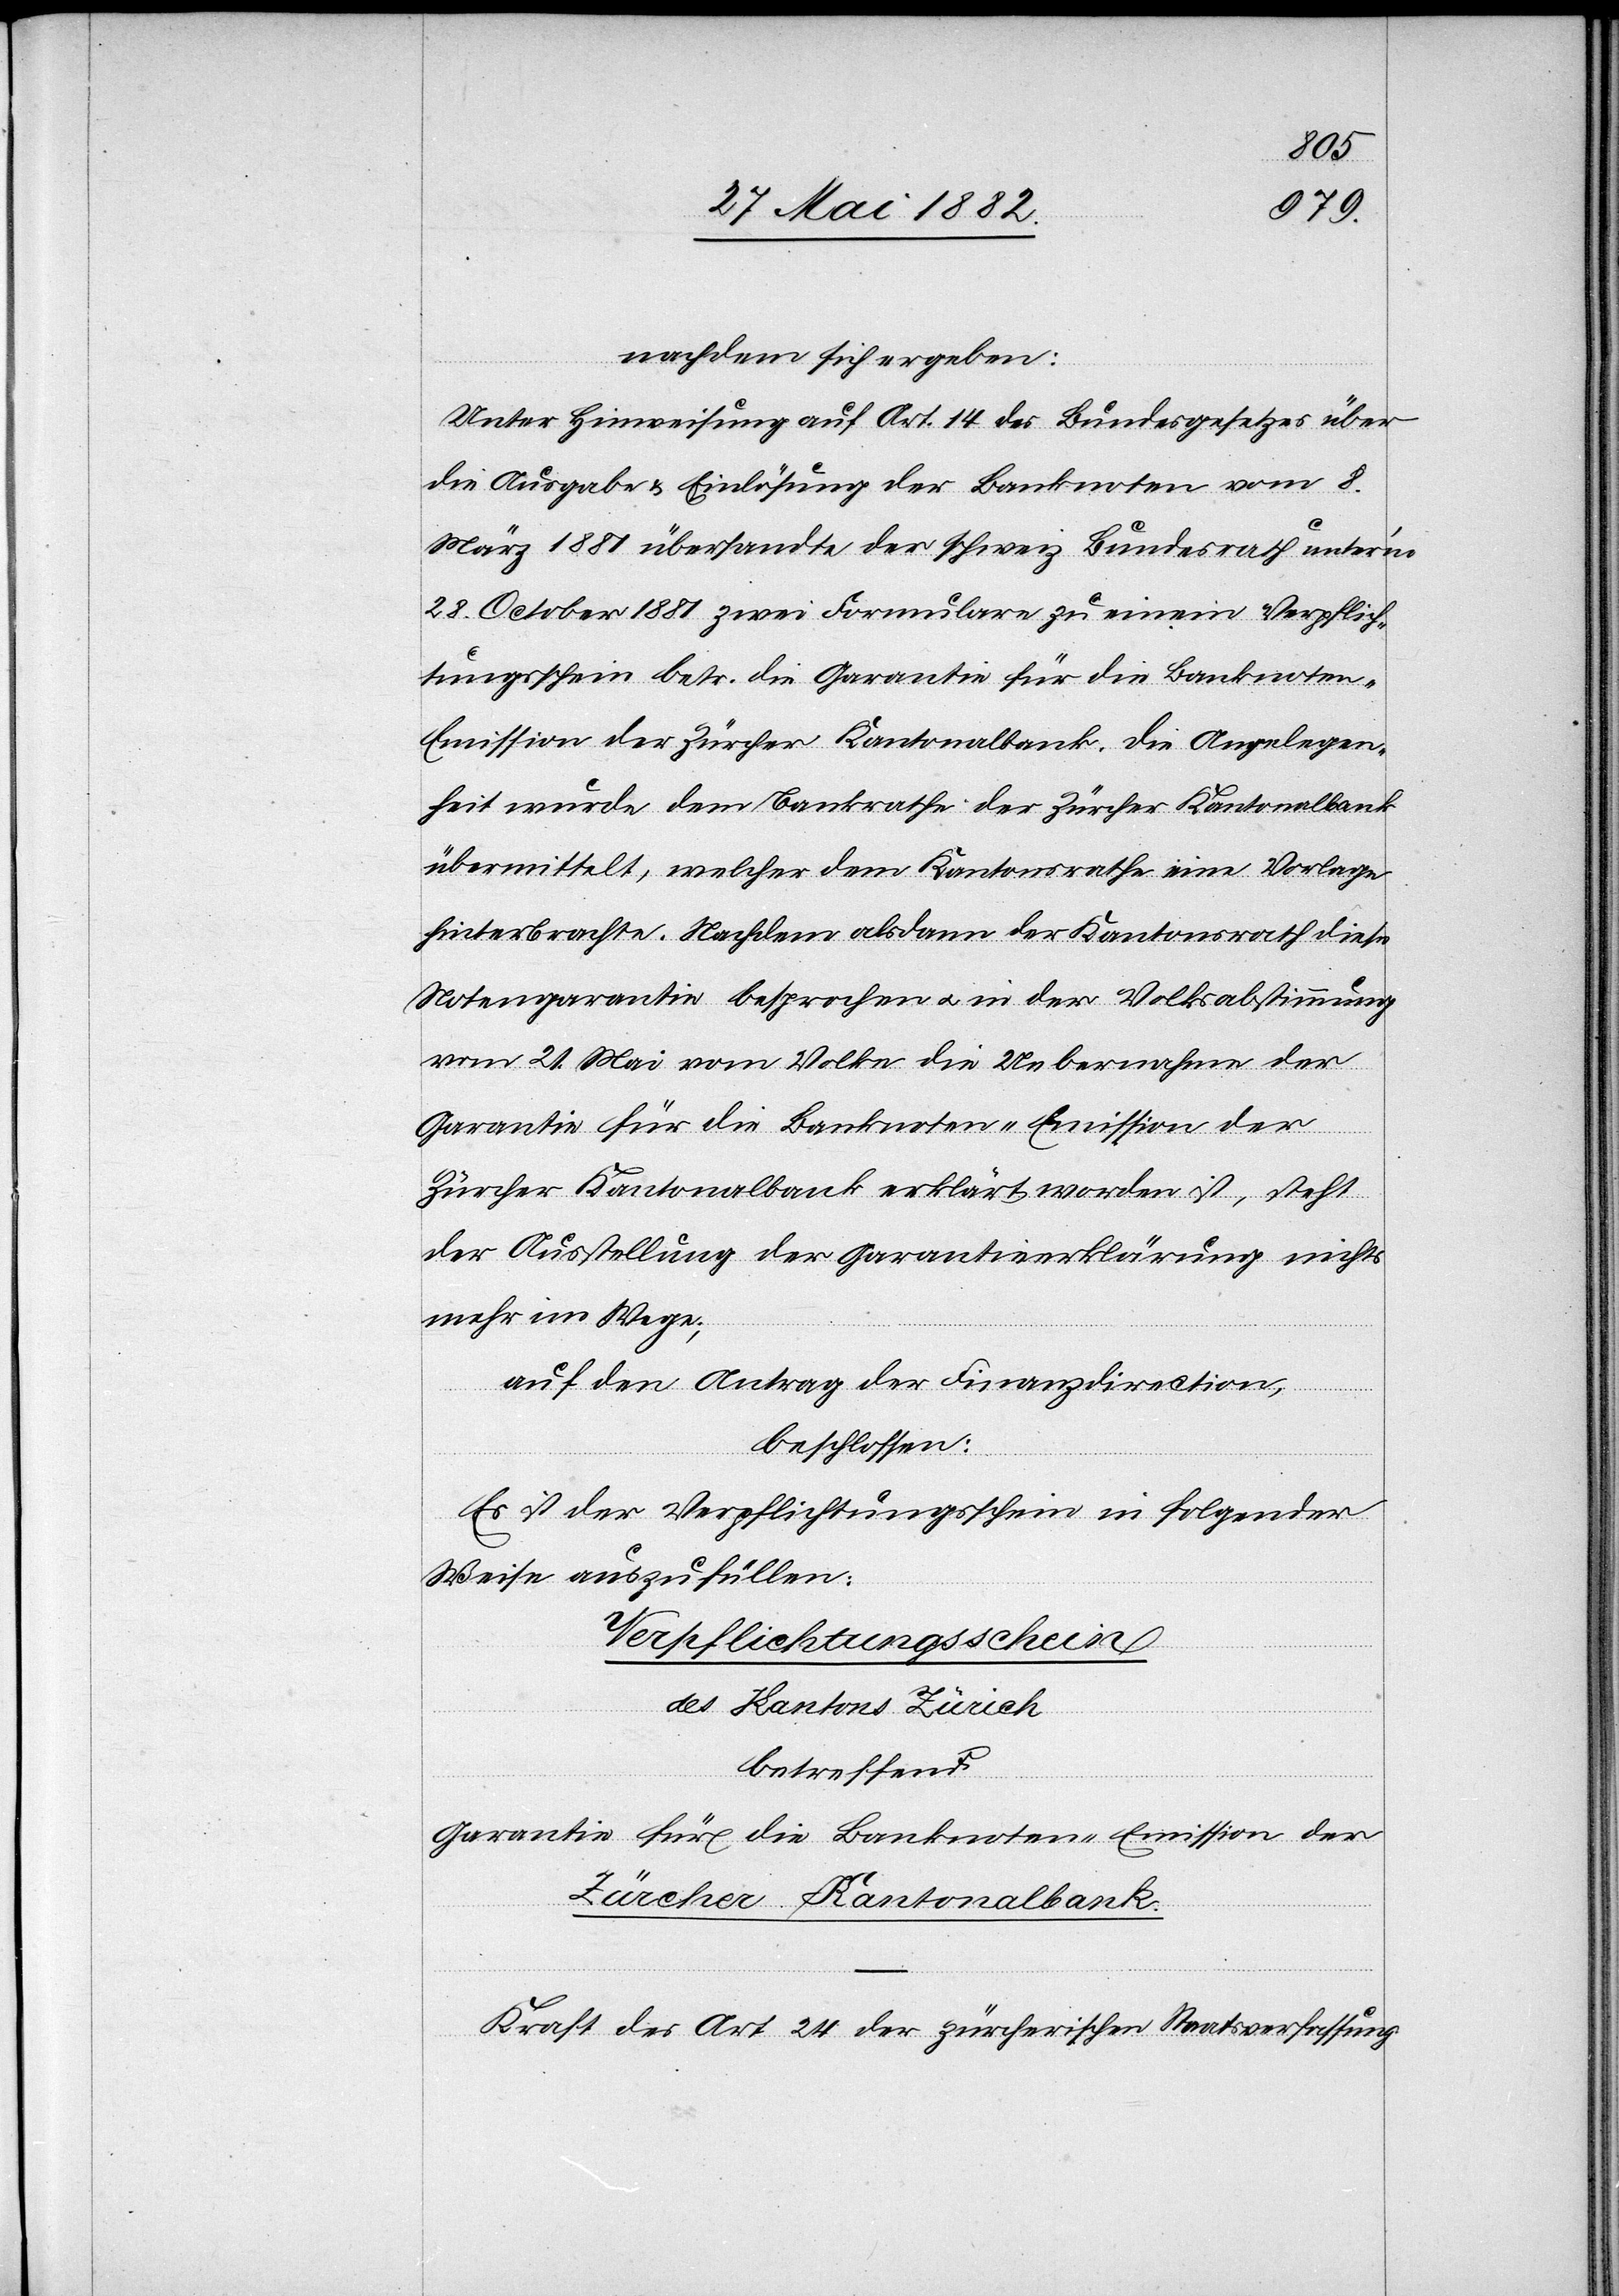
nachdem sich ergeben:
Unter Hinweisung auf Art. 14 des Bundesgesetzes über
die Ausgabe & Einlösung der Banknoten vom 8.
März 1881 übersandte der schweiz. Bundesrath unter’m
28. October 1881 zwei Formulare zu einem Verpflich¬
tungsschein betr. die Garantie für die Banknoten-E¬
mission der Zürcher Kantonalbank. Die Angelegen¬
heit wurde dem Bankrathe der Zürcher Kantonalbank
übermittelt, welcher dem Kantonsrathe eine Vorlage
hinterbrachte. Nachdem alsdann der Kantonsrath diese
Notengarantie besprochen u. in der Volksabstimmung
vom 21. Mai vom Volke die Uebernahme der
Garantie für die Banknoten-Emission der
Zürcher Kantonalbank erklärt worden ist, steht
der Ausstellung der Garantieerklärung nichts
mehr im Wege;
auf den Antrag der Finanzdirection,
beschlossen:
Es ist der Verpflichtungsschein in folgender
Weise auszufüllen:
Verpflichtungsschein
des Kantons Zürich
betreffend
Garantie für die Banknoten-Emission der
Zürcher Kantonalbank.
Kraft des Art. 24 der zürcherischen Staatsverfassung